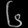
Digit: ၆